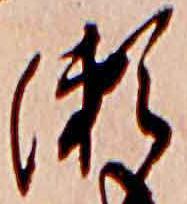
瀬